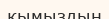
қымыздың